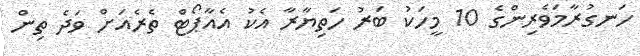
ހަނގުރާމަވެރިންގެ 10 މީހަކު ބަރު ހަތިޔާރާ އެކު އެއާޕޯޓް ތެރެއަށް ވަދެ ތިިން